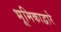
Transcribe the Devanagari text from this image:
भूमिकाद्वारे